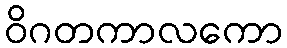
ဝိဂတကာလကော